38_143685_box_Incident_Summaries_101-172
Agency: Department of War
Page 126
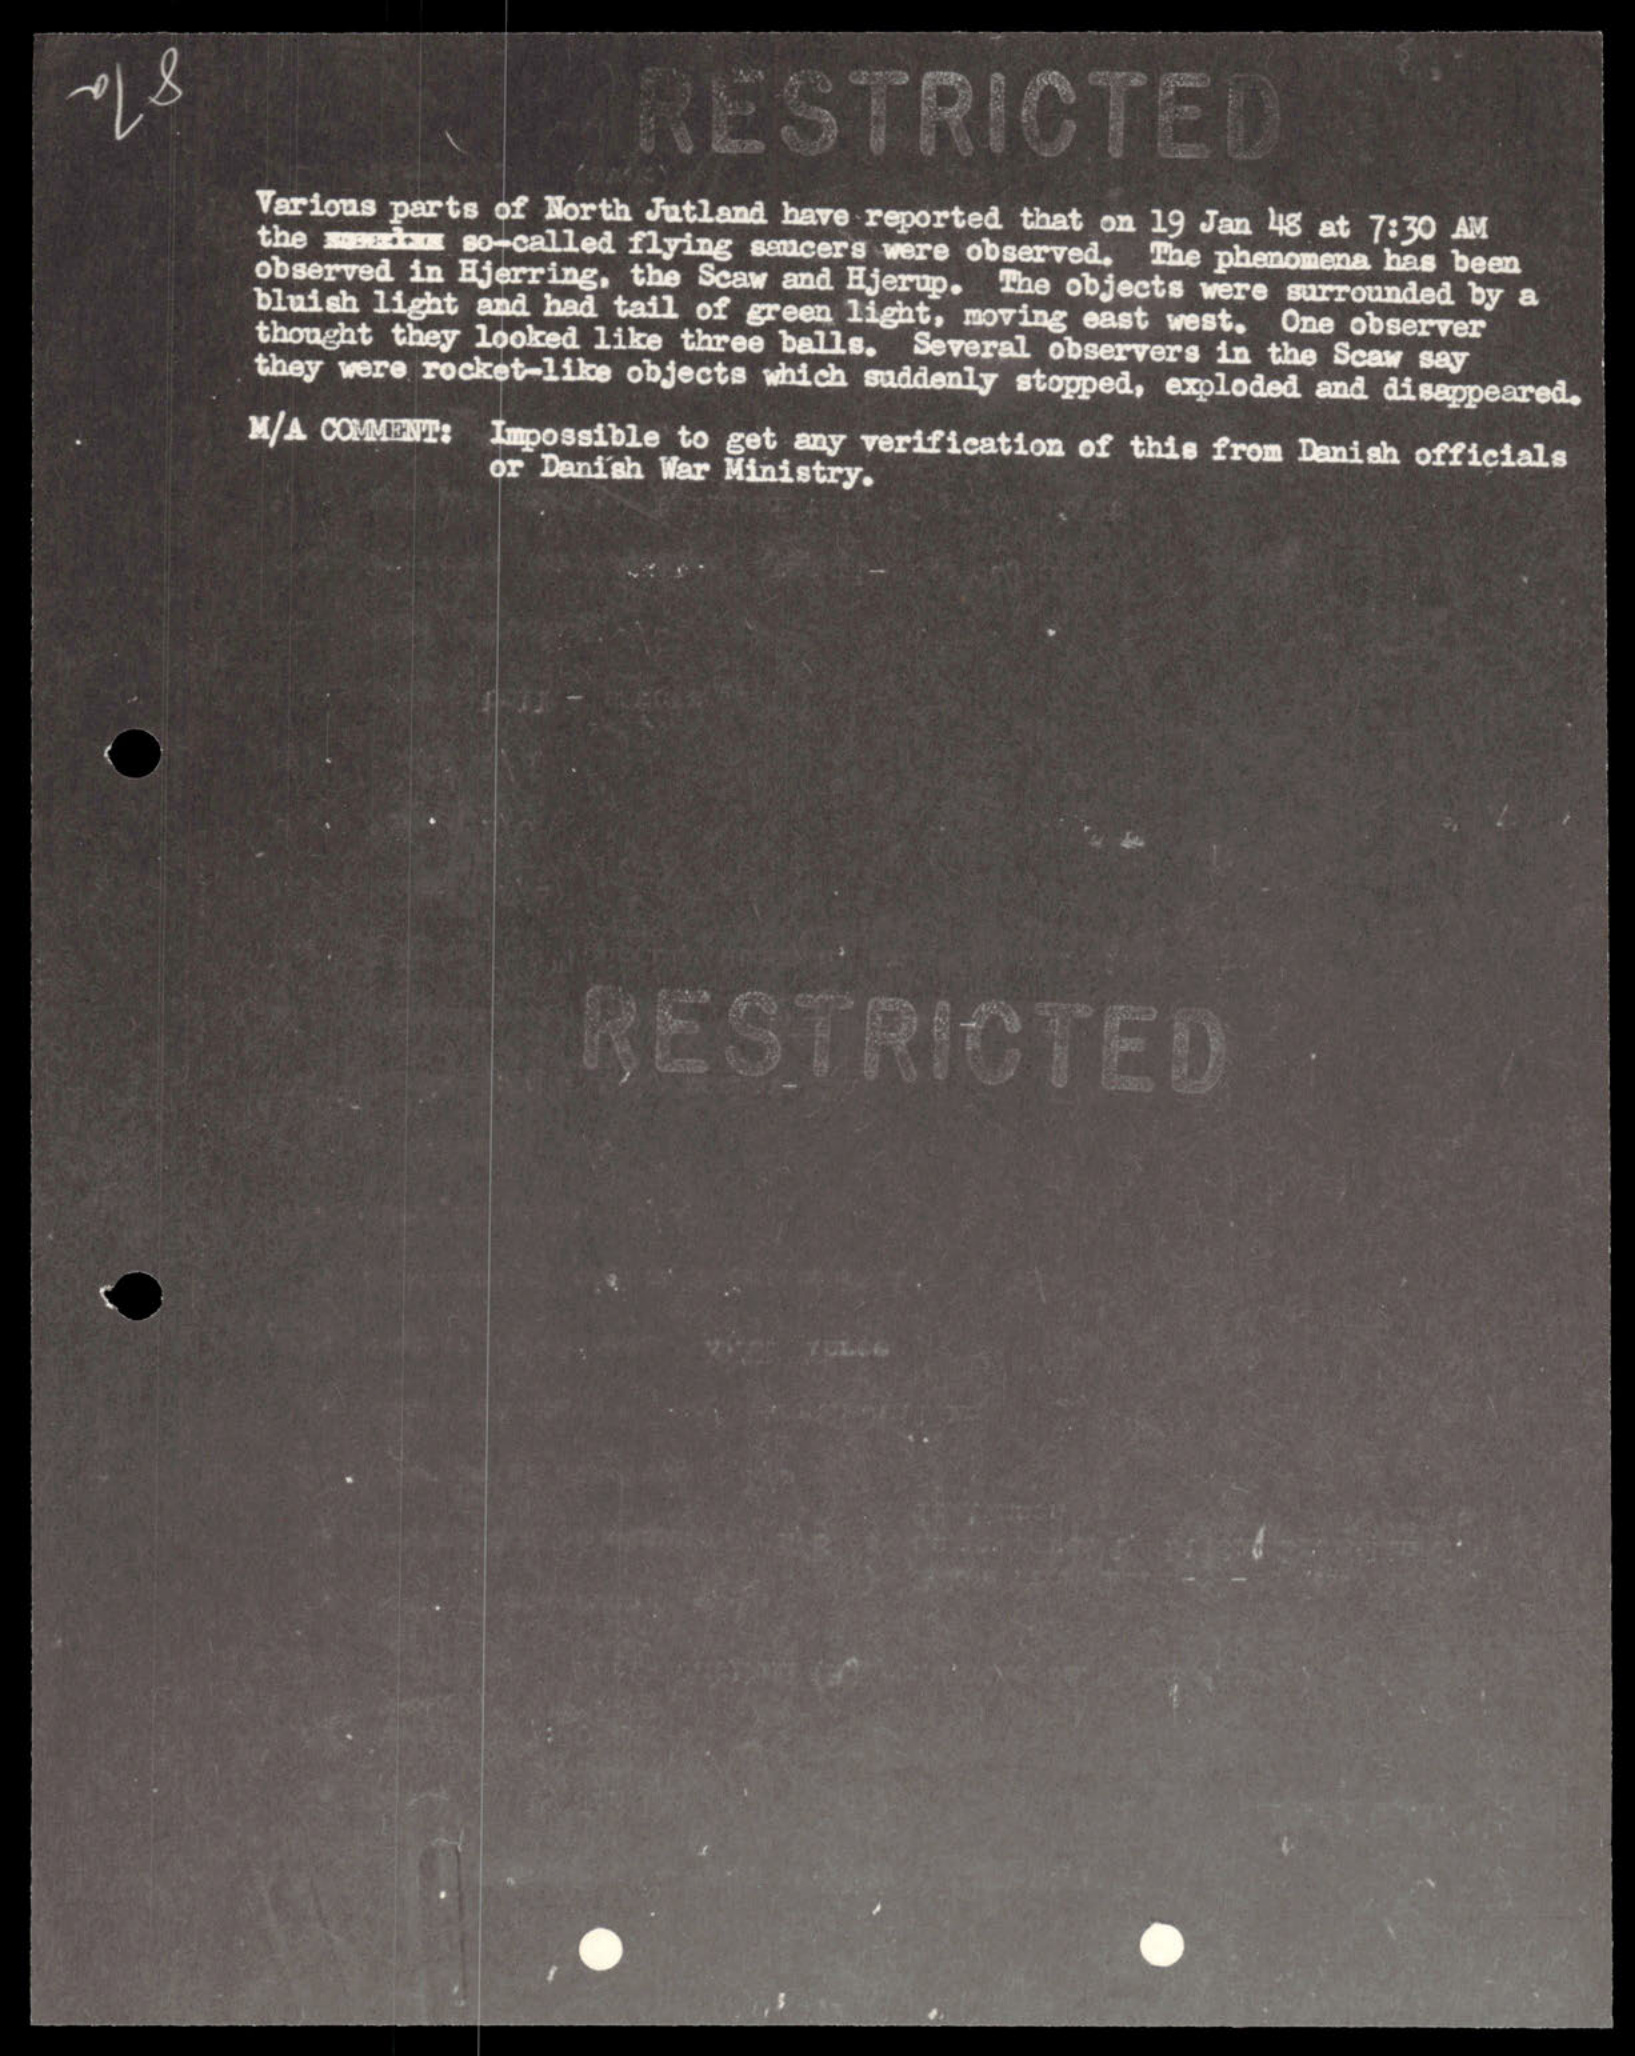